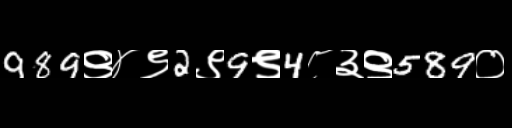
Text: 989९४९2९9९4८३९589०